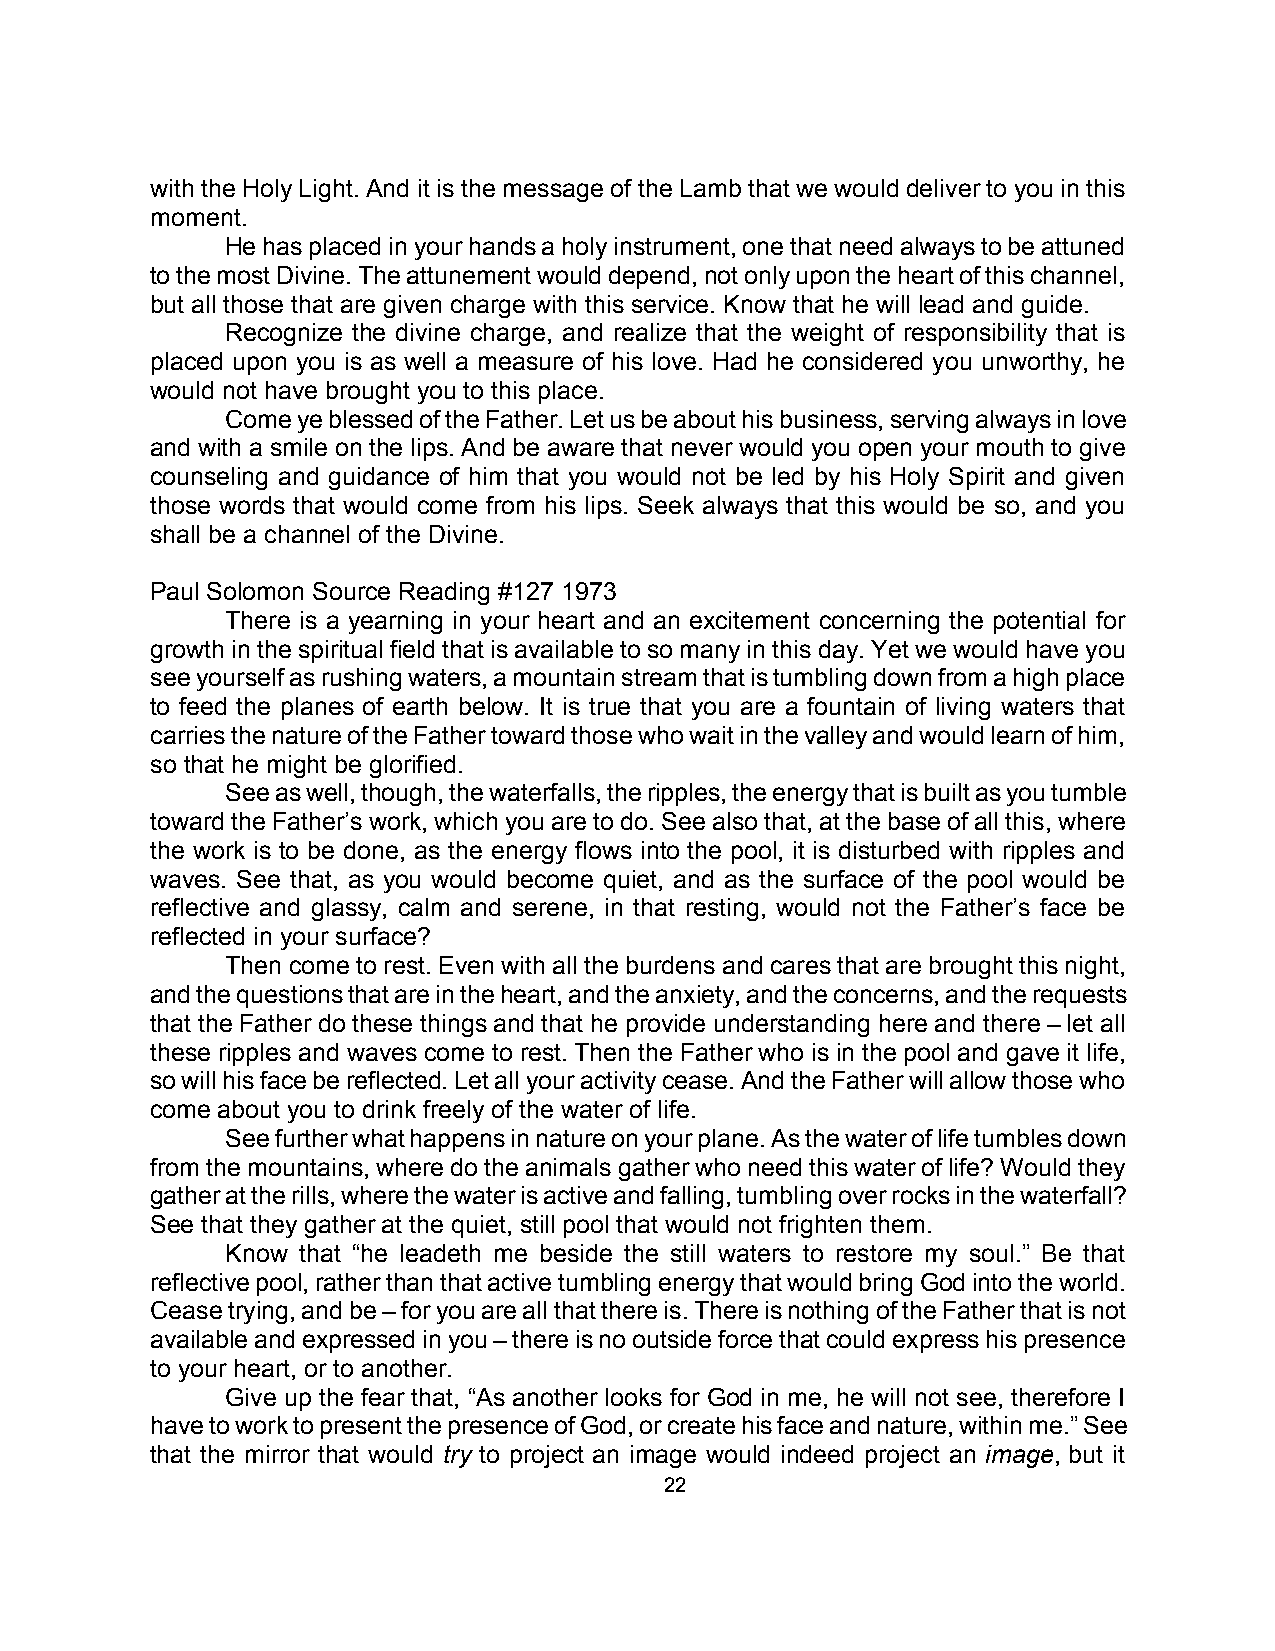
with the Holy Light. And it is the message of the Lamb that we would deliver to you in this
 moment.
 He has placed in your hands a holy instrument, one that need always to be attuned
 to the most Divine. The attunement would depend, not only upon the heart of this channel,
 but all those that are given charge with this service. Know that he will lead and guide.
 Recognize the divine charge, and realize that the weight of responsibility that is
 placed upon you is as well a measure of his love. Had he considered you unworthy, he
 would not have brought you to this place.
 Come ye blessed of the Father. Let us be about his business, serving always in love
 and with a smile on the lips. And be aware that never would you open your mouth to give
 counseling and guidance of him that you would not be led by his Holy Spirit and given
 those words that would come from his lips. Seek always that this would be so, and you
 shall be a channel of the Divine.
 Paul Solomon Source Reading #127 1973
 There is a yearning in your heart and an excitement concerning the potential for
 growth in the spiritual field that is available to so many in this day. Yet we would have you
 see yourself as rushing waters, a mountain stream that is tumbling down from a high place
 to feed the planes of earth below. It is true that you are a fountain of living waters that
 carries the nature of the Father toward those who wait in the valley and would learn of him,
 so that he might be glorified.
 See as well, though, the waterfalls, the ripples, the energy that is built as you tumble
 toward the Father’s work, which you are to do. See also that, at the base of all this, where
 the work is to be done, as the energy flows into the pool, it is disturbed with ripples and
 waves. See that, as you would become quiet, and as the surface of the pool would be
 reflective and glassy, calm and serene, in that resting, would not the Father’s face be
 reflected in your surface?
 Then come to rest. Even with all the burdens and cares that are brought this night,
 and the questions that are in the heart, and the anxiety, and the concerns, and the requests
 that the Father do these things and that he provide understanding here and there – let all
 these ripples and waves come to rest. Then the Father who is in the pool and gave it life,
 so will his face be reflected. Let all your activity cease. And the Father will allow those who
 come about you to drink freely of the water of life.
 See further what happens in nature on your plane. As the water of life tumbles down
 from the mountains, where do the animals gather who need this water of life? Would they
 gather at the rills, where the water is active and falling, tumbling over rocks in the waterfall?
 See that they gather at the quiet, still pool that would not frighten them.
 Know that “he leadeth me beside the still waters to restore my soul.” Be that
 reflective pool, rather than that active tumbling energy that would bring God into the world.
 Cease trying, and be – for you are all that there is. There is nothing of the Father that is not
 available and expressed in you – there is no outside force that could express his presence
 to your heart, or to another.
 Give up the fear that, “As another looks for God in me, he will not see, therefore I
 have to work to present the presence of God, or create his face and nature, within me.” See
 that the mirror that would try to project an image would indeed project an image, but it
 22